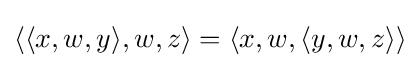
\langle \langle x,w,y\rangle ,w,z\rangle =\langle x,w,\langle y,w,z\rangle \rangle